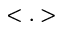
< . >